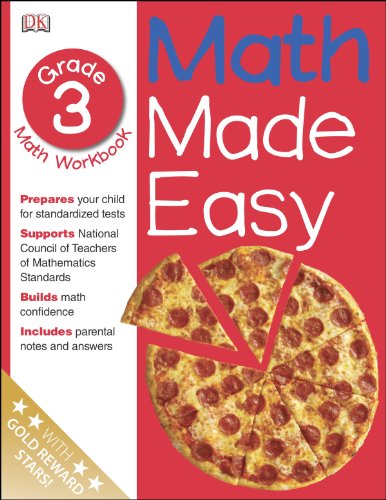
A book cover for Math Made Easy: Third Grade Workbook (Math Made Easy); DK Publishing; Children's Books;